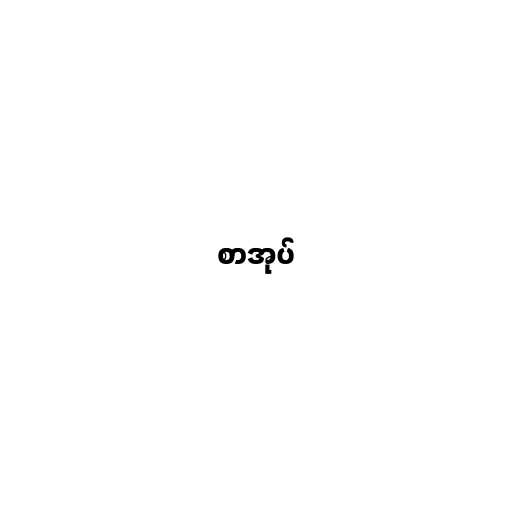
စာအုပ်